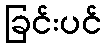
ခြင်းပင်